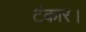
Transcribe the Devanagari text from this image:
टंकार।